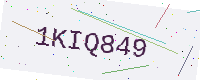
Text: 1KIQ849